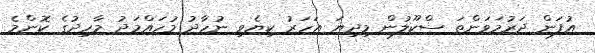
އުފަން ދަރުމަވަންތަ ސްކޫލުން މިދިޔަ އަހަރު ކިޔެވި ނުހާދު މުހައްމަދު މާހިދުގެ ކޮންމެ